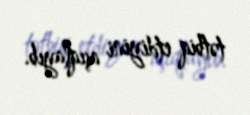
tətbiq etdiyini açıqlayıb.